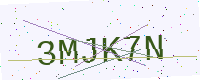
Text: 3MJK7N